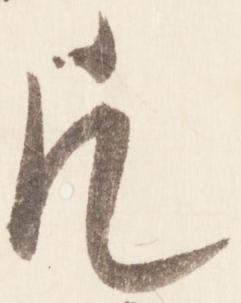
凡